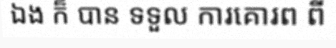
ឯង ក៏ បាន ទទួល ការគោរព ពី